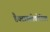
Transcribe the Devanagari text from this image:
डैक्टाइलोक्टेनियम